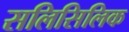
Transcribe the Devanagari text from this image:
सलिसिलिक